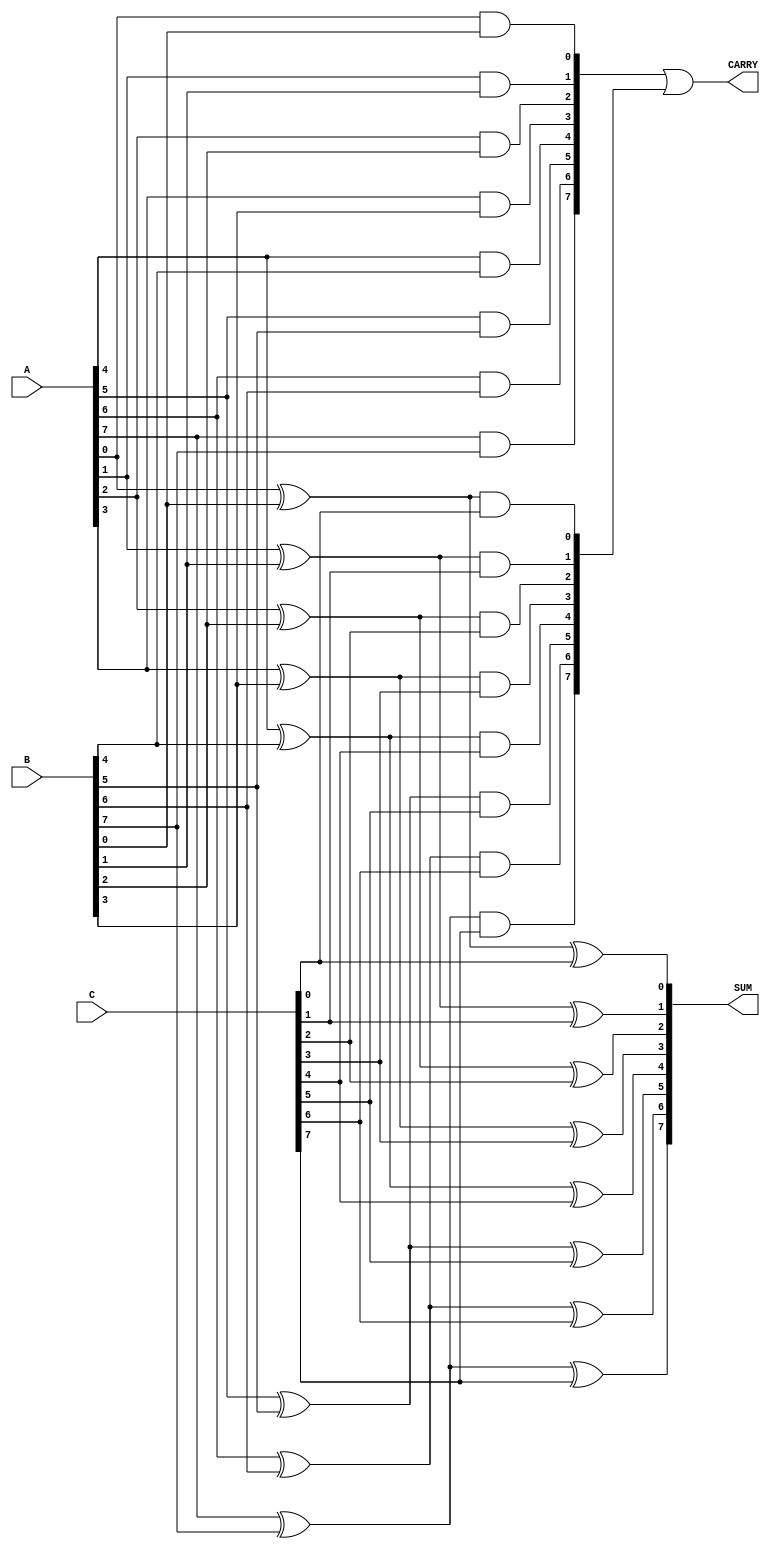
module Modified_Carry_Save_Adder #(
    parameter WIDTH = 8 // Bit width of the operands
)(
    input  [WIDTH-1:0] A, // First operand
    input  [WIDTH-1:0] B, // Second operand
    input  [WIDTH-1:0] C, // Third operand
    output [WIDTH-1:0] SUM, // Sum output
    output [WIDTH-1:0] CARRY // Carry output
);

    wire [WIDTH-1:0] sum1, carry1;
    wire [WIDTH-1:0] sum2, carry2;

    // First stage of full adders
    genvar i;
    generate
        for (i = 0; i < WIDTH; i = i + 1) begin : FA_STAGE1
            // Full adder for A and B
            assign sum1[i] = A[i] ^ B[i];
            assign carry1[i] = A[i] & B[i];
        end
    endgenerate

    // Second stage of full adders
    generate
        for (i = 0; i < WIDTH; i = i + 1) begin : FA_STAGE2
            // Full adder for sum1 and C
            assign sum2[i] = sum1[i] ^ C[i];
            assign carry2[i] = sum1[i] & C[i];
        end
    endgenerate

    // Final carry and sum outputs
    assign SUM = sum2;
    assign CARRY = carry1 | carry2; // Combine carries from both stages

endmodule